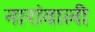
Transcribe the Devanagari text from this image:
नारांवाली